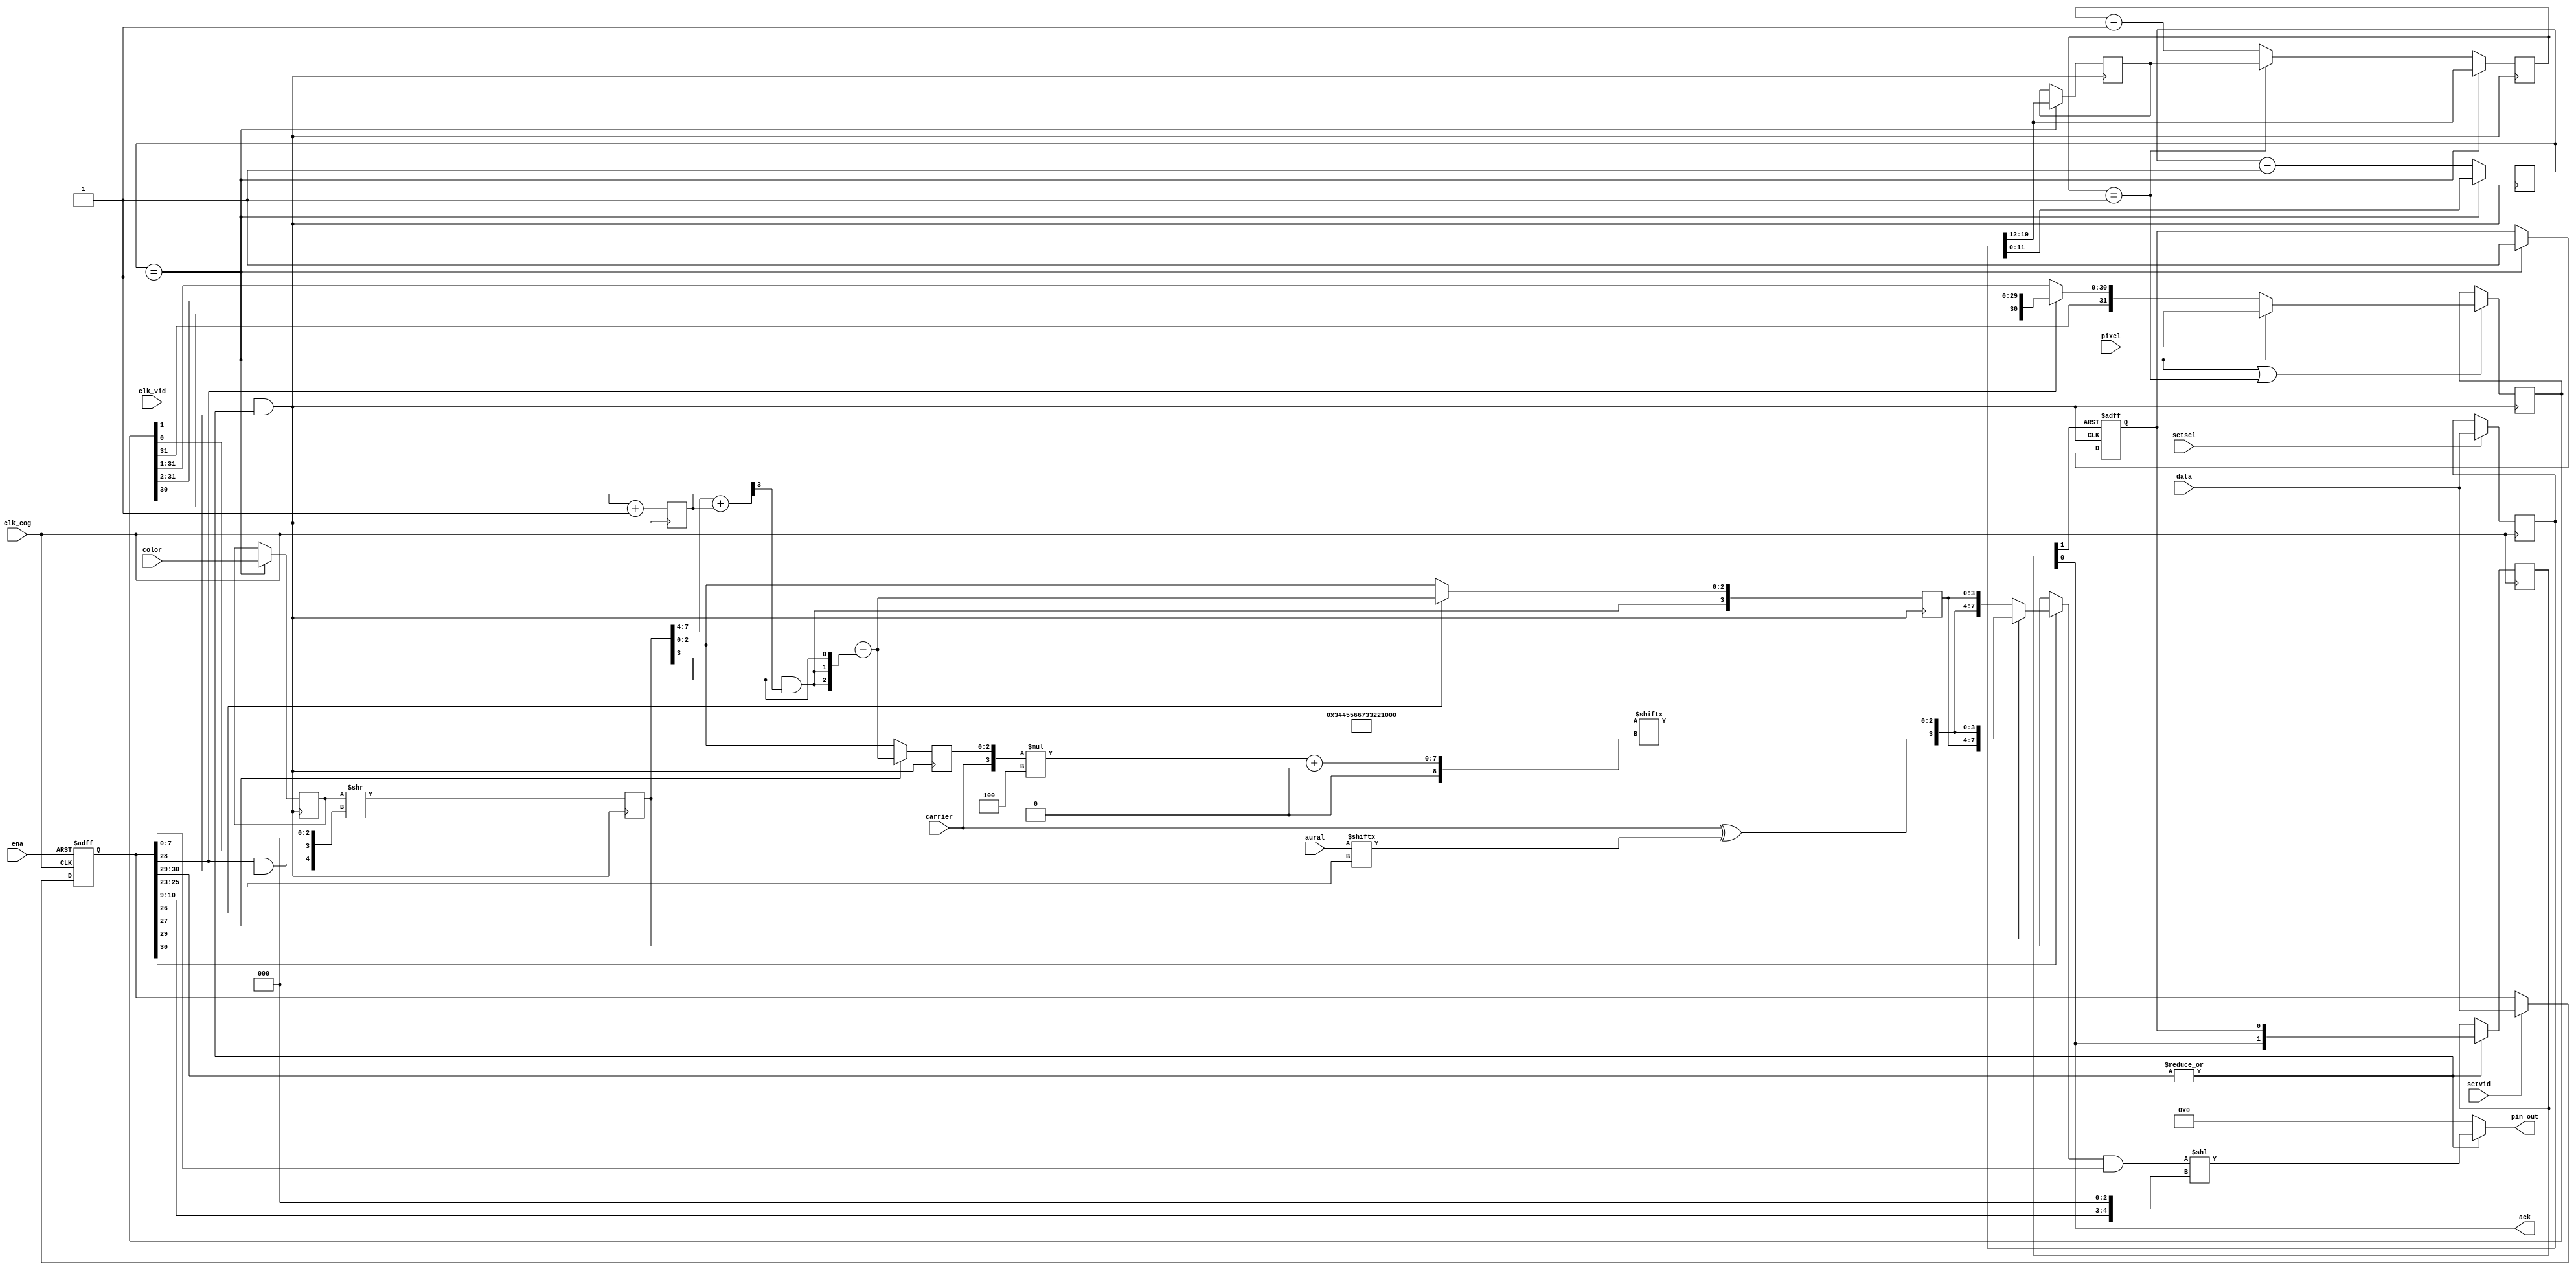
module              cog_vid
(
input               clk_cog,
input               clk_vid,

input               ena,

input               setvid,
input               setscl,

input       [31:0]  data,
input       [31:0]  pixel,
input       [31:0]  color,

input        [7:0]  aural,
input               carrier,

output              ack,

output      [31:0]  pin_out
);


// configuration

reg [31:0] vid;
reg [31:0] scl;

always @(posedge clk_cog or negedge ena)
if (!ena)
    vid <= 32'b0;
else if (setvid)
    vid <= data;

always @(posedge clk_cog)
if (setscl)
    scl <= data;


// video shifter

reg  [7:0] cnts;
reg  [7:0] cnt;
reg [11:0] set;
reg [31:0] pixels;
reg [31:0] colors;

wire enable         = |vid[30:29];

wire vclk           = clk_vid && enable;

wire new_set        = set == 1'b1;
wire new_cnt        = cnt == 1'b1;

always @(posedge vclk)
if (new_set)
    cnts <= scl[19:12];

always @(posedge vclk)
    cnt <= new_set  ? scl[19:12]
         : new_cnt  ? cnts
                    : cnt - 1'b1;

always @(posedge vclk)
    set <= new_set  ? scl[11:0]
                    : set - 1'b1;

always @(posedge vclk)
if (new_set || new_cnt)
    pixels <= new_set   ? pixel
            : vid[28]   ? {pixels[31:30], pixels[31:2]}
                        : {pixels[31], pixels[31:1]};

always @(posedge vclk)
if (new_set)
    colors <= color;


// capture/acknowledge

reg cap;
reg [1:0] snc;

always @(posedge vclk or posedge snc[1])
if (snc[1])
    cap <= 1'b0;
else if (new_set)
    cap <= 1'b1;

always @(posedge clk_cog)
if (enable)
    snc <= {snc[0], cap};

assign ack          = snc[0];


// discrete output

reg [7:0] discrete;

wire [31:0] colorx  = colors >> {vid[28] && pixels[1], pixels[0], 3'b000};

always @(posedge vclk)
    discrete <= colorx[7:0];


    // baseband output
    //
    //        +-------------------------------+
    //  out 7 ! -                       +   * ! 
    //      6 !                     +   *   - !
    //      5 !                 +   *   -     !
    //      4 !             +   *   -         !
    //      3 !         +   *   -             !
    //      2 !     +   *   -                 !
    //      1 ! +   *   -                     !
    //      0 ! *   -                       + !
    //        +-------------------------------+
    //  in      0   1   2   3   4   5   6   7


reg [3:0] phase;
reg [3:0] baseband;

always @(posedge vclk)
    phase <= phase + 1'b1;

wire [3:0] colorphs = discrete[7:4] + phase;

wire [2:0] colormod = discrete[2:0] + { discrete[3] && colorphs[3],
                                        discrete[3] && colorphs[3],
                                        discrete[3] };

always @(posedge vclk)
    baseband <= {discrete[3] && colorphs[3], vid[26] ? colormod : discrete[2:0]};


    // broadcast output
    //
    //        +-------------------------------+
    //  out 7 ! *                             ! 
    //      6 !     *   *                     !
    //      5 !             *   *             !
    //      4 !                     *   *     !
    //      3 !                         *   * !
    //      2 !                 *   *         !
    //      1 !         *   *                 !
    //      0 ! *   *                         !
    //        +-------------------------------+
    //  in      0   1   2   3   4   5   6   7


reg [2:0] composite;

always @(posedge vclk)
    composite <= vid[27] ? colormod : discrete[2:0];

wire [63:0] level       = 64'b0011_0100_0100_0101_0101_0110_0110_0111_0011_0011_0010_0010_0001_0001_0000_0000;

wire [3:0] broadcast    = {carrier ^ aural[vid[25:23]], level[{carrier, composite}*4 +: 3]};


// output pins

wire [7:0] outp     = vid[30] ? vid[29] ? {baseband, broadcast}
                                        : {broadcast, baseband}
                                        : discrete;

assign pin_out      = enable ? {24'b0, outp & vid[7:0]} << {vid[10:9], 3'b000} : 32'b0;

endmodule